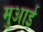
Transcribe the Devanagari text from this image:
मुआई